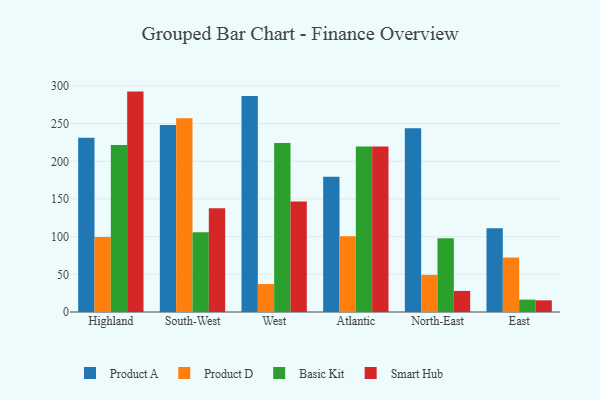
{"axis": {"x": "Region", "y": "Conversion Rate (%)"}, "legend": ["Basic Kit", "Product A", "Product D", "Smart Hub"], "data": [{"x": "Highland", "y": 231.2, "type": "Product A"}, {"x": "Highland", "y": 99.6, "type": "Product D"}, {"x": "Highland", "y": 221.5, "type": "Basic Kit"}, {"x": "Highland", "y": 292.5, "type": "Smart Hub"}, {"x": "South-West", "y": 248.1, "type": "Product A"}, {"x": "South-West", "y": 257.2, "type": "Product D"}, {"x": "South-West", "y": 105.7, "type": "Basic Kit"}, {"x": "South-West", "y": 137.6, "type": "Smart Hub"}, {"x": "West", "y": 286.7, "type": "Product A"}, {"x": "West", "y": 37.1, "type": "Product D"}, {"x": "West", "y": 224.2, "type": "Basic Kit"}, {"x": "West", "y": 146.8, "type": "Smart Hub"}, {"x": "Atlantic", "y": 179.4, "type": "Product A"}, {"x": "Atlantic", "y": 100.6, "type": "Product D"}, {"x": "Atlantic", "y": 219.8, "type": "Basic Kit"}, {"x": "Atlantic", "y": 219.7, "type": "Smart Hub"}, {"x": "North-East", "y": 243.7, "type": "Product A"}, {"x": "North-East", "y": 49.2, "type": "Product D"}, {"x": "North-East", "y": 98.0, "type": "Basic Kit"}, {"x": "North-East", "y": 28.0, "type": "Smart Hub"}, {"x": "East", "y": 111.1, "type": "Product A"}, {"x": "East", "y": 72.3, "type": "Product D"}, {"x": "East", "y": 16.4, "type": "Basic Kit"}, {"x": "East", "y": 15.5, "type": "Smart Hub"}]}